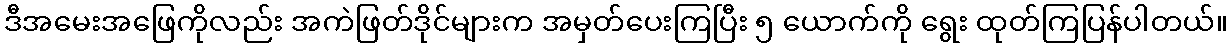
ဒီအမေးအဖြေကိုလည်း အကဲဖြတ်ဒိုင်များက အမှတ်ပေးကြပြီး ၅ ယောက်ကို ရွေး ထုတ်ကြပြန်ပါတယ်။